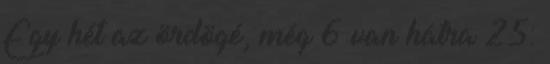
Egy hét az ördögé, még 6 van hátra 25: